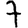
Digit: 7